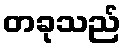
တခုသည်